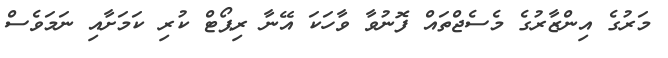
މަރުގެ އިންޒާރުގެ މެސެޖްތައް ފޮނުވާ ވާހަކަ އޭނާ ރިޕޯޓް ކުރި ކަމަށާއި ނަމަވެސް